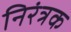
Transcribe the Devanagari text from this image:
निरंत्रक